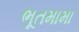
ભૂતમામા